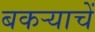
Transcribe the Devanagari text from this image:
बकर्‍याचें